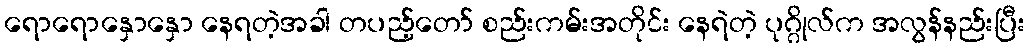
ရောရောနှောနှော နေရတဲ့အခါ တပည့်တော် စည်းကမ်းအတိုင်း နေရဲတဲ့ ပုဂ္ဂိုလ်က အလွန်နည်းပြီး